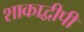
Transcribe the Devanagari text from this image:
शाकाद्वीपी